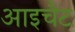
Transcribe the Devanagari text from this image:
आइचैट